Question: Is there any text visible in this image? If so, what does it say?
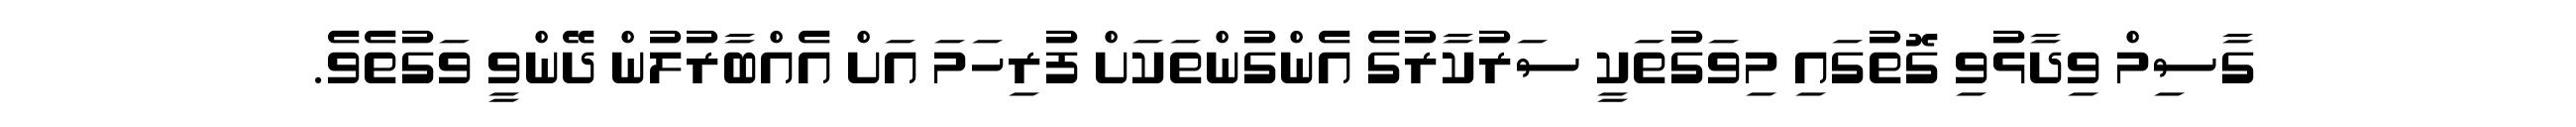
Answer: ގާސިމް ވިދާޅުވި ގޮތުގައި މިވަގުތަކީ ސަރުކާރުގެ އެންގުންތަކަށް ފުރިހަމަ އަށް އެއްބާރުލުން ދޭންވީ ވަގުތެވެ.